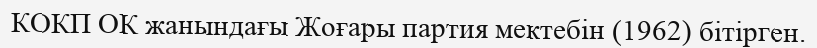
КОКП ОК жанындағы Жоғары партия мектебін (1962) бітірген.